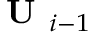
\textbf { U } _ { i - 1 }